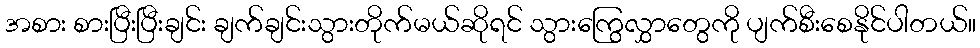
အစား စားပြီးပြီးချင်း ချက်ချင်းသွားတိုက်မယ်ဆိုရင် သွားကြွေလွှာတွေကို ပျက်စီးစေနိုင်ပါတယ်။